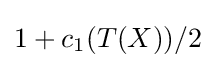
1+c_{1}(T(X))/2